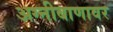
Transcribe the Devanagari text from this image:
अग्नीबाणावर